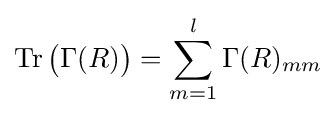
\operatorname {Tr} {\big (}\Gamma (R){\big )}=\sum _{m=1}^{l}\Gamma (R)_{mm}